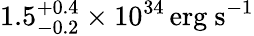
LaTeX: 1.5_{-0.2}^{+0.4}\times 10^{34}\, \mathrm{{erg\ s^{-1}}}